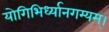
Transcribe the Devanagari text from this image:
योगिभिर्ध्यानगम्यम्।